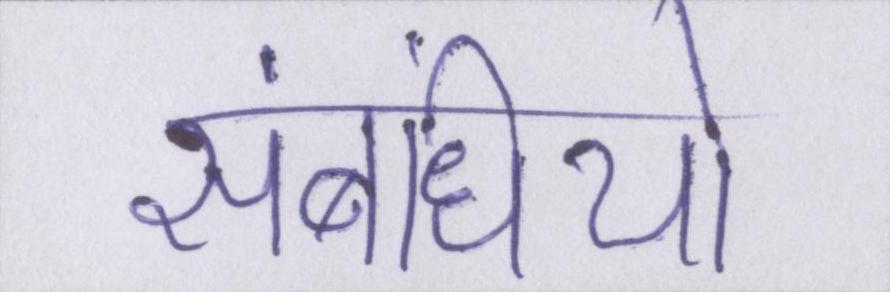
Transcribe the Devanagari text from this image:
संबंधियो